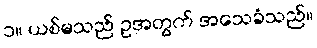
၁။ ယစ်မသည် ဥအတွက် အသေခံသည်။